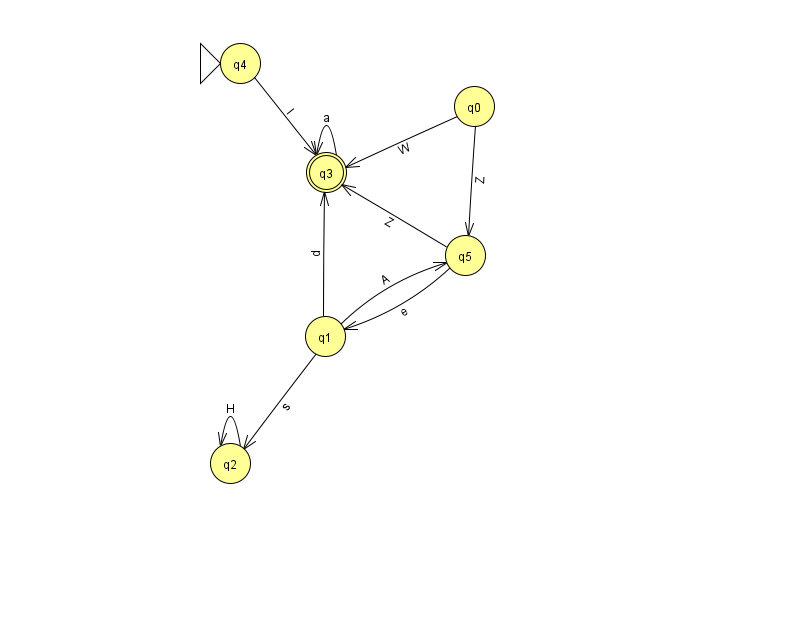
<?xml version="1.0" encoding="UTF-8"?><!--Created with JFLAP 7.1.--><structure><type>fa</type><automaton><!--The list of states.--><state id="0" name="q0"><x>474.0</x><y>93.0</y></state><state id="1" name="q1"><x>325.0</x><y>323.0</y></state><state id="2" name="q2"><x>230.0</x><y>450.0</y></state><state id="3" name="q3"><x>326.0</x><y>159.0</y><final/></state><state id="4" name="q4"><x>240.0</x><y>50.0</y><initial/></state><state id="5" name="q5"><x>465.0</x><y>242.0</y></state><!--The list of transitions.--><transition><from>3</from><to>3</to><read>a</read></transition><transition><from>0</from><to>5</to><read>Z</read></transition><transition><from>2</from><to>2</to><read>H</read></transition><transition><from>4</from><to>3</to><read>I</read></transition><transition><from>5</from><to>1</to><read>e</read></transition><transition><from>1</from><to>2</to><read>s</read></transition><transition><from>1</from><to>5</to><read>A</read></transition><transition><from>5</from><to>3</to><read>Z</read></transition><transition><from>0</from><to>3</to><read>W</read></transition><transition><from>1</from><to>3</to><read>d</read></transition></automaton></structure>